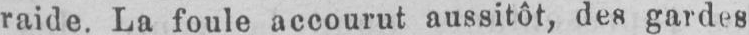
raide. La foule accourut aussitôt, des gardes